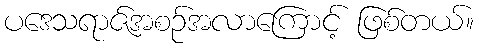
ပဒေသရာဇ်အစဉ်အလာကြောင့် ဖြစ်တယ်။